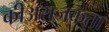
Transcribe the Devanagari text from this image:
कीअराजकता